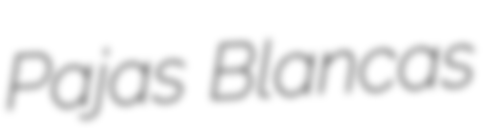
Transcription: Pajas Blancas